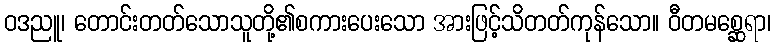
ဝဒညူ၊ တောင်းတတ်သောသူတို့၏စကားပေးသော အားဖြင့်သိတတ်ကုန်သော။ ဝီတမစ္ဆေရာ၊